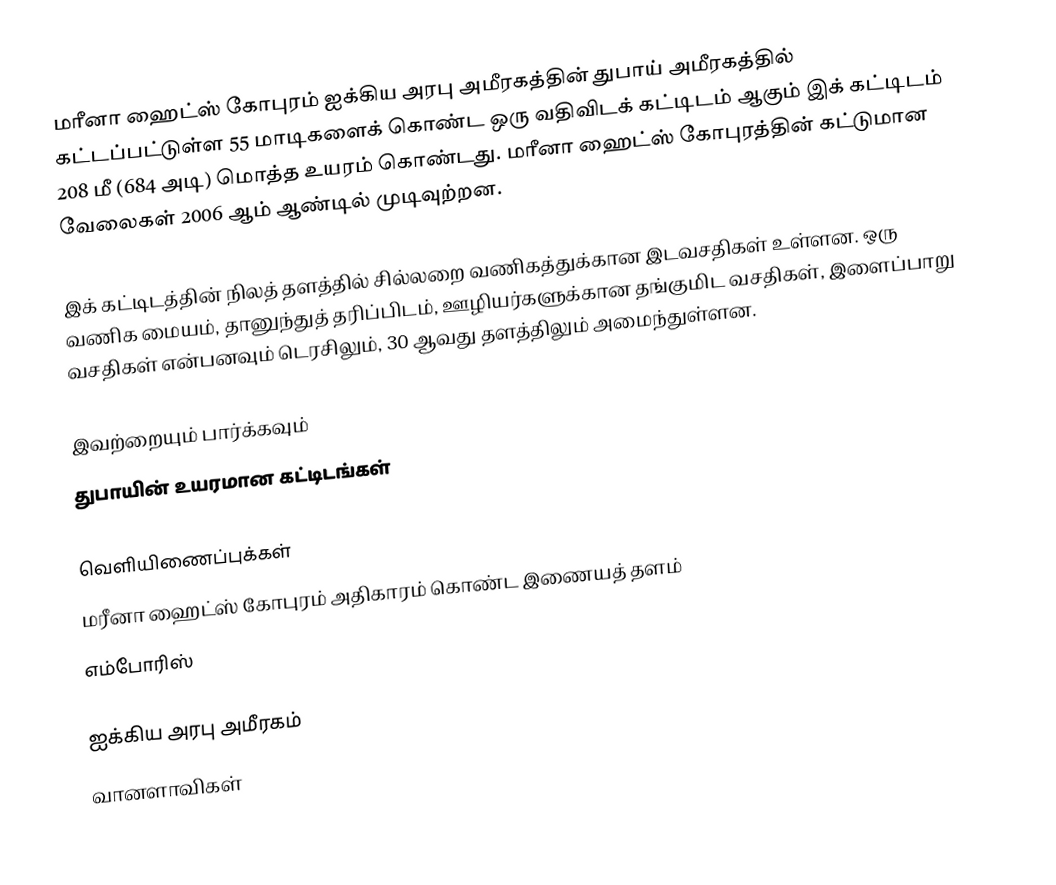
மரீனா ஹைட்ஸ் கோபுரம் ஐக்கிய அரபு அமீரகத்தின் துபாய் அமீரகத்தில் கட்டப்பட்டுள்ள 55 மாடிகளைக் கொண்ட ஒரு வதிவிடக் கட்டிடம் ஆகும் இக் கட்டிடம் 208 மீ (684 அடி) மொத்த உயரம் கொண்டது. மரீனா ஹைட்ஸ் கோபுரத்தின் கட்டுமான வேலைகள் 2006 ஆம் ஆண்டில் முடிவுற்றன.

இக் கட்டிடத்தின் நிலத் தளத்தில் சில்லறை வணிகத்துக்கான இடவசதிகள் உள்ளன. ஒரு வணிக மையம், தானுந்துத் தரிப்பிடம், ஊழியர்களுக்கான தங்குமிட வசதிகள், இளைப்பாறு வசதிகள் என்பனவும் டெரசிலும், 30 ஆவது தளத்திலும் அமைந்துள்ளன.

இவற்றையும் பார்க்கவும்
 துபாயின் உயரமான கட்டிடங்கள்

வெளியிணைப்புக்கள்
மரீனா ஹைட்ஸ் கோபுரம் அதிகாரம் கொண்ட இணையத் தளம்
எம்போரிஸ்

ஐக்கிய அரபு அமீரகம்
வானளாவிகள்